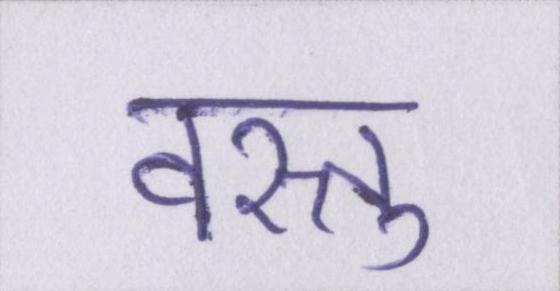
वस्तु